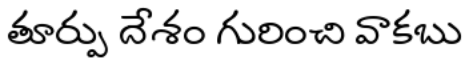
తూర్పు దేశం గురించి వాకబు